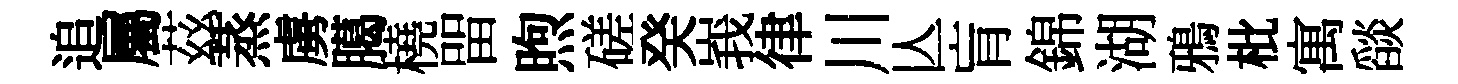
追屬茲蒸虜臈橈㽞煦磋癸峩律川亾肓錦湖鴉枇寓𦦨